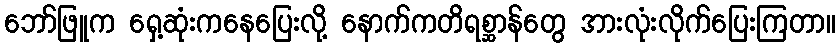
ဘော်ဖြူက ရှေ့ဆုံးကနေပြေးလို့ နောက်ကတိရစ္ဆာန်တွေ အားလုံးလိုက်ပြေးကြတာ။